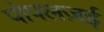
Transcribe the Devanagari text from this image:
पोपलज़ई